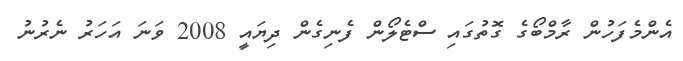
އެންމެފަހުން ރާމްބޯގެ ގޮތުގައި ސްޓެލޯން ފެނިގެން ދިޔައީ 2008 ވަނަ އަހަރު ނެރުނު